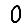
Digit: 0